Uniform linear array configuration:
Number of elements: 4
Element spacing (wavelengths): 0.75
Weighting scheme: hann
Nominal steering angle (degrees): -45
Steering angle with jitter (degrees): -45.79
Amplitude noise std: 0.05
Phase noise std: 0.05

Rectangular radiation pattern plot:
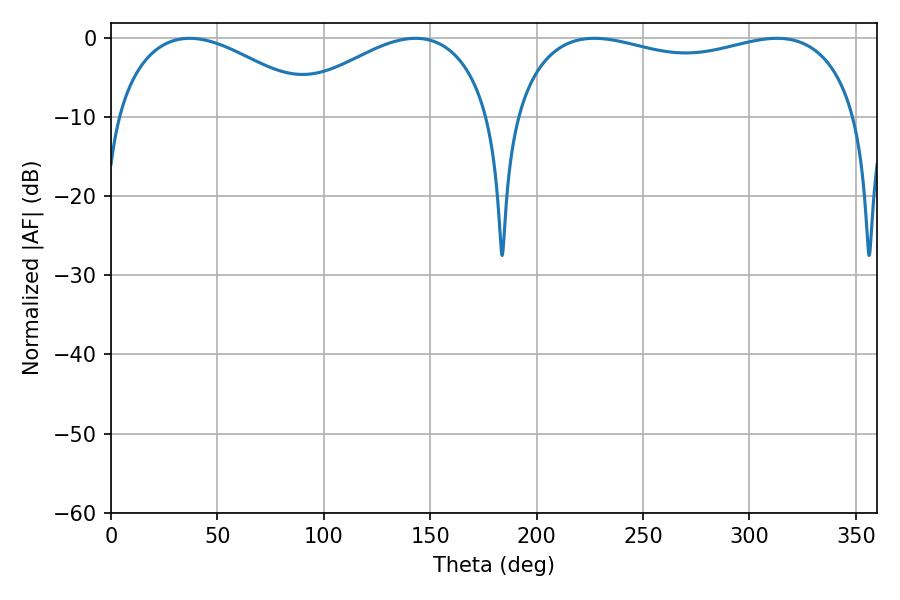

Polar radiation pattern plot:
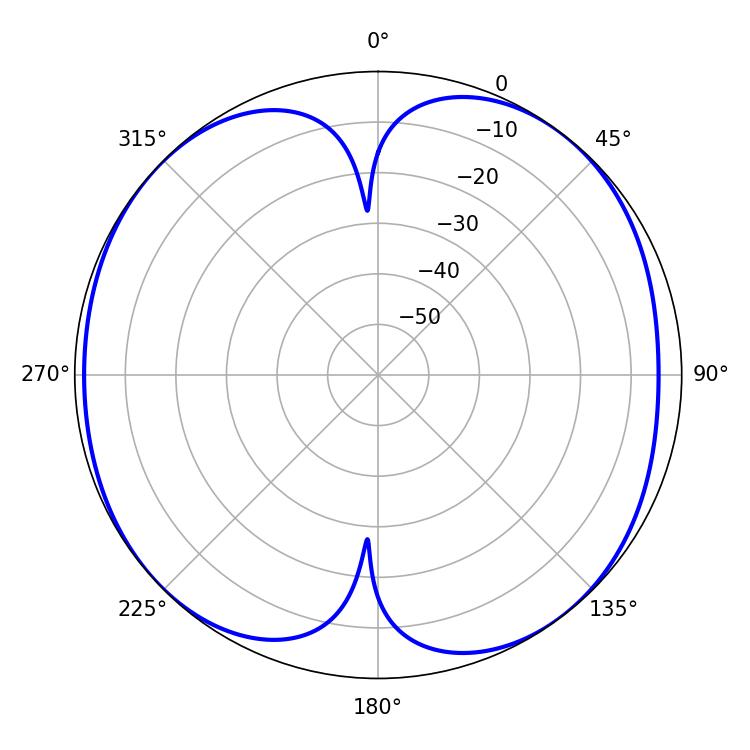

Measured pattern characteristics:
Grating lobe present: TRUE
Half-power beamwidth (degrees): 53.46
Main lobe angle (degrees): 36.9